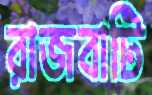
রাজবাটি